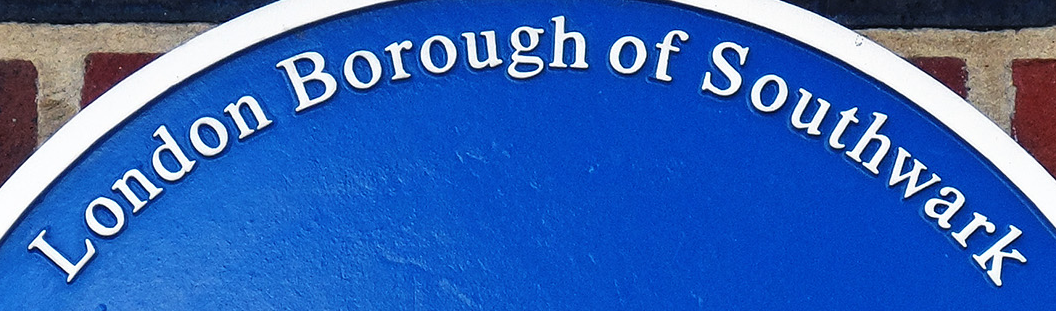
London Borough of Southwark